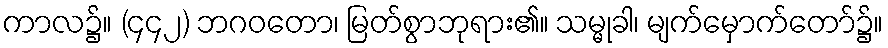
ကာလ၌။ (၄၄၂) ဘဂဝတော၊ မြတ်စွာဘုရား၏။ သမ္မုခါ၊ မျက်မှောက်တော်၌။